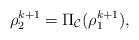
LaTeX: \begin{align*}\rho_2^{k+1} = \Pi_{\mathcal{C}}(\rho_1^{k+1}),\end{align*}